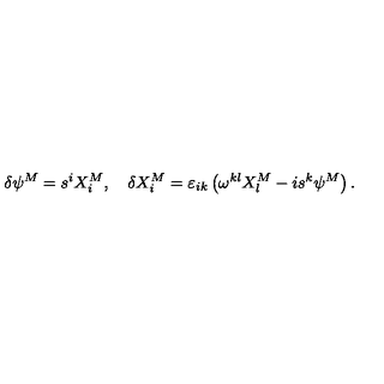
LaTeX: \delta \psi ^ { M } = s ^ { i } X _ { i } ^ { M } , \quad \delta X _ { i } ^ { M } = \varepsilon _ { i k } \left( \omega ^ { k l } X _ { l } ^ { M } - i s ^ { k } \psi ^ { M } \right) .